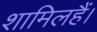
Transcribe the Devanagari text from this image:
शामिलहैं।